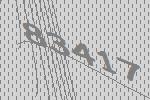
83417